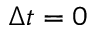
\Delta t = 0